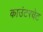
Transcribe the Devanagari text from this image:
काउंटरवेट